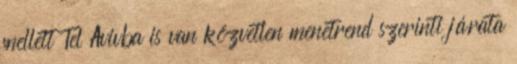
mellett Tel Avivba is van közvetlen menetrend szerinti járata